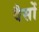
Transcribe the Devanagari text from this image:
वैसों